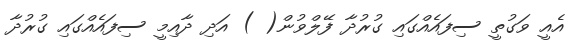
އެއީ ވަގުތީ ސިފައެއްގައި ގުރުދާ ފޭލްވުން( ) އަދި ދާއިމީ ސިފައެއްގައި ގުރުދާ